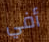
أفي